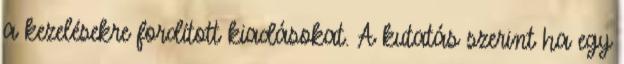
a kezelésekre fordított kiadásokat. A kutatás szerint ha egy